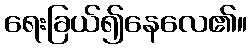
ရေးခြယ်၍နေလေ၏။